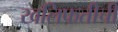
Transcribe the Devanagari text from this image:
खलिफतीची